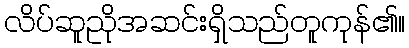
လိပ်ဆူညိုအဆင်းရှိသည်တူကုန်၏။